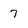
Character: 7